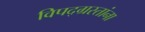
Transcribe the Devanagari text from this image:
विपद्‌ग्रस्तांना